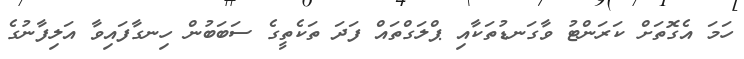
ހަމަ އެގޮތަށް ކަރަންޓު ވާގަނޑުތަކާއި ޕްލަގްތައް ފަދަ ތަކެތީގެ ސަބަބުން ހިނގާފައިވާ އަލިފާނުގެ